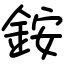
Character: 銨